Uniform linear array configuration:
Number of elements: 64
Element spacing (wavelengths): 1
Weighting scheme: hamming
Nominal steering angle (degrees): -15
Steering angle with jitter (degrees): -16.874
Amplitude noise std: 0.05
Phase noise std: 0.05

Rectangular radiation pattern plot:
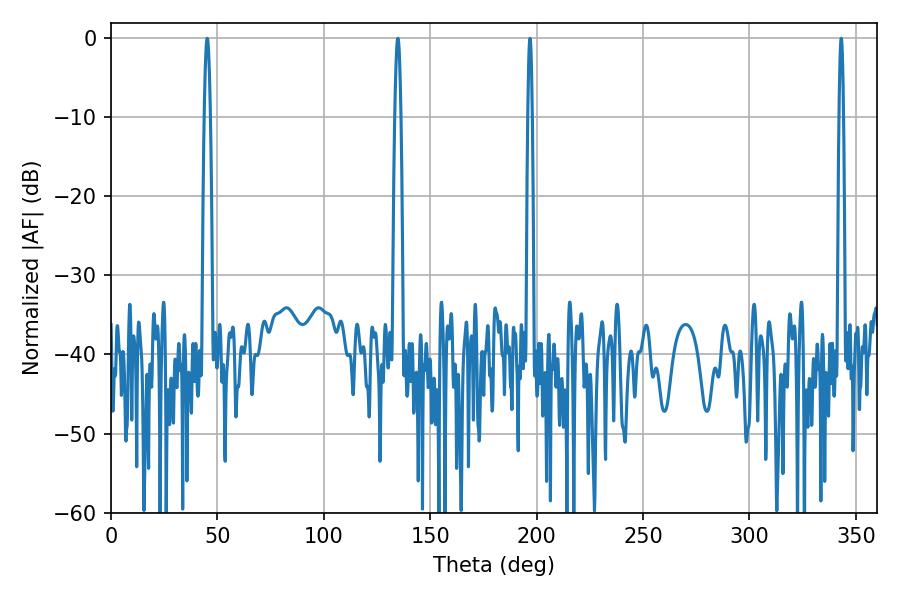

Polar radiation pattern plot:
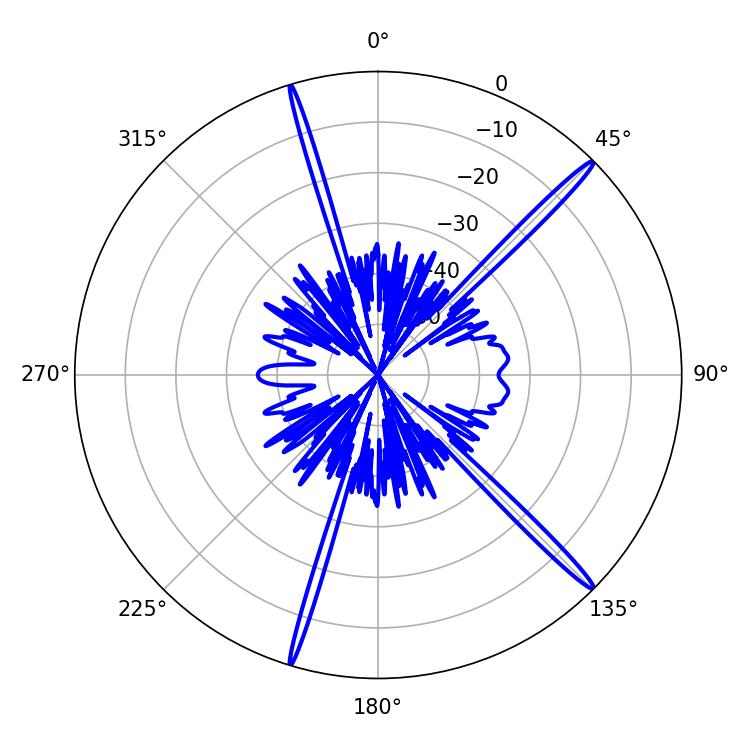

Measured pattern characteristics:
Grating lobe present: TRUE
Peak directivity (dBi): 18.147
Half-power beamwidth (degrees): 1.44
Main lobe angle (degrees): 45.18